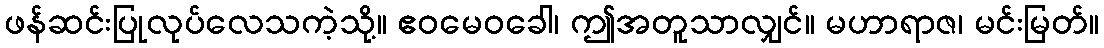
ဖန်ဆင်းပြုလုပ်လေသကဲ့သို့။ ဧဝမေဝခေါ၊ ဤအတူသာလျှင်။ မဟာရာဇ၊ မင်းမြတ်။